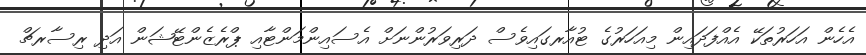
އެހެން އަހަރުތަކޭ އެއްފަދައިން މިއަހަރުގެ ޓުއާރގައިވެސް ދަރިވަރުންނަށް އެސައިންމަންޓާއި ޕްރެޒެންޓޭޝަން އަދި ރިސާރޗް